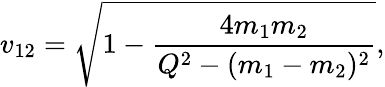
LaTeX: v_{12}=\sqrt{1-\frac{4m_{1}m_{2}}{Q^{2}-(m_{1}-m_{2})^{2}}},